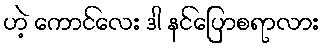
ဟဲ့ ကောင်လေး ဒါ နင်ပြောစရာလား